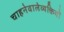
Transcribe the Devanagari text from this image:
चाहनेवालेव्यक्तियों